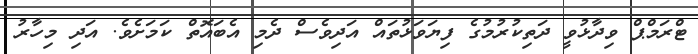
ޓްރަމްޕް ވިދާޅުވީ ދަތިކުރުމުގެ ފިޔަވަޅުތައް އަދިވެސް ދެމި އެބައޮތް ކަމަށެވެ. އަދި މިހާރު